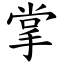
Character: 掌